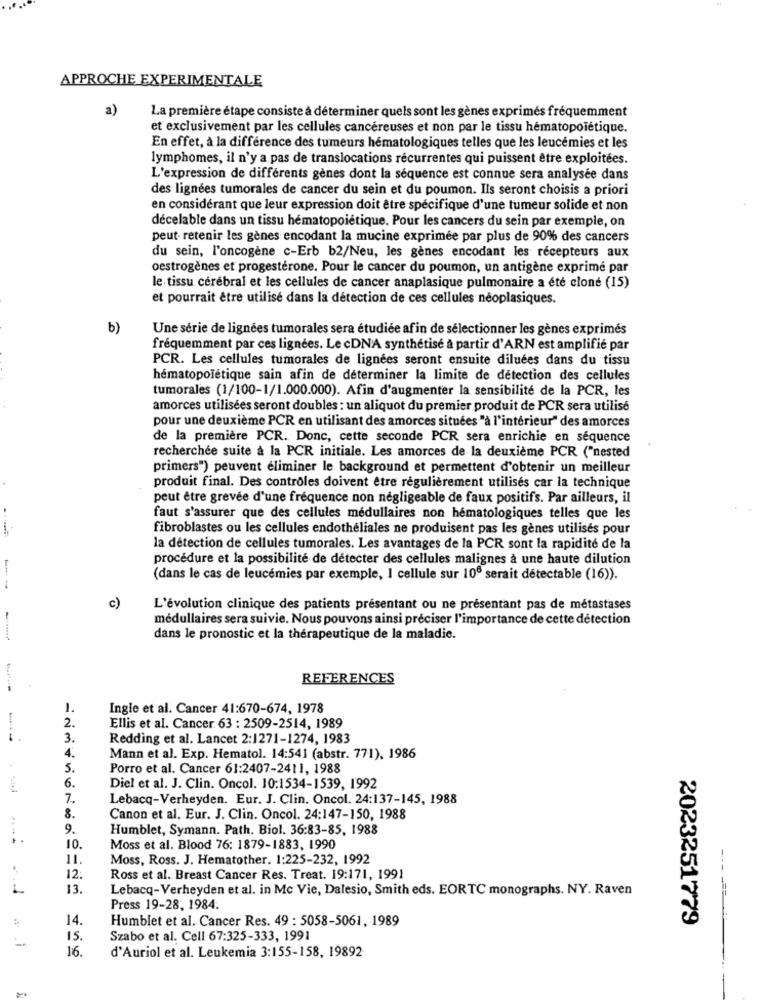
APPROCHE EXPERIMENTALE
a)
La première étape consiste à déterminer quels sont les gènes exprimés fréquemment
et exclusivement par les cellules cancéreuses et non par le tissu hématopoiétique.
En effet, à la différence des tumeurs hématologiques telles que les leucémies et les
lymphomes, il n'y a pas de translocations récurrentes qui puissent être exploitées.
L'expression de différents gènes dont la séquence est connue sera analysée dans
des lignées tumorales de cancer du sein et du poumon. Ils seront choisis a priori
en considérant que leur expression doit être spécifique d'une tumeur solide et non
décelable dans un tissu hématopoiétique. Pour les cancers du sein par exemple, on
peut retenir les gènes encodant la mucine exprimée par plus de 90% des cancers
du sein, l'oncogène c-Erb b2/Neu, les gènes encodant les récepteurs aux
oestrogènes et progestérone. Pour le cancer du poumon, un antigène exprimé par
le tissu cérébral et les cellules de cancer anaplasique pulmonaire a été cloné (15)
et pourrait être utilisé dans la détection de ces cellules neoplasiques.
b)
Une série de lignées tumorales sera étudiée afin de sélectionner les gènes exprimés
fréquemment par ces lignées. Le cDNA synthétise a partir d'ARN est amplifié par
PCR. Les cellules tumorales de lignées seront ensuite diluées dans du tissu
hématopoïétique sain afin de déterminer la limite de détection des cellules
tumorales (1/100-1/1.000.000). Afin d'augmenter la sensibilité de la PCR, les
amorces utilisées seront doubles : un aliquot du premier produit de PCR sera utilisé
pour une deuxième PCR en utilisant des amorces situées "à l'intérieur" des amorces
de la première PCR. Donc, cette seconde PCR sera enrichie en séquence
recherchée suite à la PCR initiale. Les amorces de la deuxième PCR ("nested
primers") peuvent éliminer le background et permettent d'obtenir un meilleur
produit final. Des contrôles doivent être régulièrement utilisés car la technique
peut être grevée d'une fréquence non négligeable de faux positifs. Par ailleurs, il
faut s'assurer que des cellules médullaires non hématologiques telles que les
fibroblastes ou les cellules endothéliales ne produisent pas les gènes utilisés pour
la détection de cellules tumorales. Les avantages de la PCR sont la rapidité de la
procédure et la possibilité de détecter des cellules malignes à une haute dilution
(dans le cas de leucémies par exemple, I cellule sur 10º serait détectable (16)).
c)
L'évolution clinique des patients présentant ou ne présentant pas de métastases
médullaires sera suivie. Nous pouvons ainsi préciser l'importance de cette détection
dans le pronostic et la thérapeutique de la maladie.
REFERENCES
i
1.
Ingle et al. Cancer 41:670-674, 1978
2.
Ellis et al. Cancer 63 : 2509-2514, 1989
3.
Redding et al. Lancet 2:1271-1274, 1983
4.
Mann et al. Exp. Hematol. 14:541 (abstr. 771), 1986
5.
Porro et al. Cancer 61:2407-2411, 1988
6.
Diel et al. J. Clin. Oncol. 10:1534-1539, 1992
7.
Lebacq-Verheyden. Eur. J. Clin. Oncol. 24:137-145, 1988
8.
Canon et al. Eur. J. Clin. Oncol. 24:147-150, 1988
9.
Humblet, Symann. Path. Biol. 36:83-85, 1988
10.
Moss et al. Blood 76: 1879-1883, 1990
11.
Moss, Ross. J. Hematother. 1:225-232, 1992
12.
Ross et al. Breast Cancer Res. Treat. 19:171, 1991
13.
Lebacq-Verheyden et al. in Mc Vie, Dalesio, Smith eds. EORTC monographs. NY. Raven
Press 19-28, 1984.
14.
Humblet et al. Cancer Res. 49 : 5058-5061, 1989
2023251779
IS.
Szabo et al. Cell 67:325-333, 1991
16.
d'Auriol et al. Leukemia 3:155-158, 19892